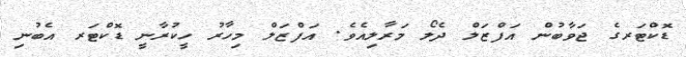
ޑޮކްޓަރގެ ޖަވާބުން އަފްޒަލް ދެލޯ މަރާލިއެވެ. އަފްޒަލް މިހާރު ހީކުރާނީ ޑޮކްޓަރ އެބުނި